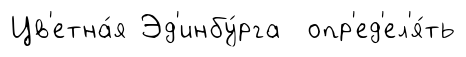
Цв'етна́я Эд'инбу́рга опр'ед'ел'я́ть